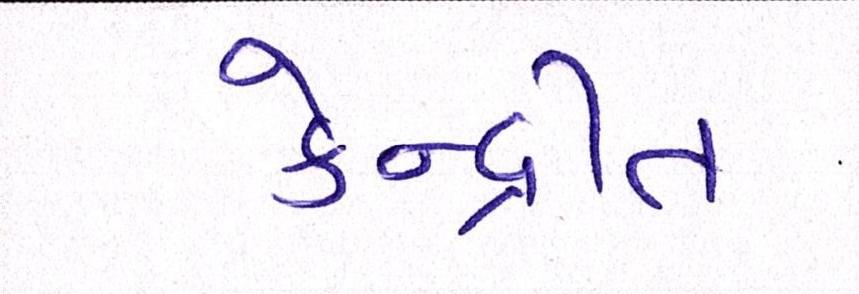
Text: કેન્દ્રીત